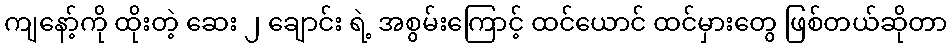
ကျနော့်ကို ထိုးတဲ့ ဆေး ၂ ချောင်း ရဲ့ အစွမ်းကြောင့် ထင်ယောင် ထင်မှားတွေ ဖြစ်တယ်ဆိုတာ